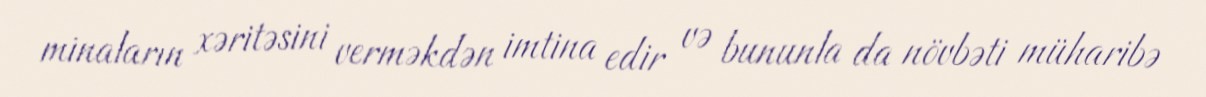
minaların xəritəsini verməkdən imtina edir və bununla da növbəti müharibə